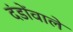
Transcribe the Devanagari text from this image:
दंडोंवाले